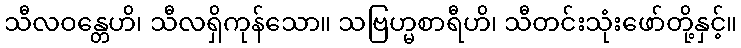
သီလဝန္တေဟိ၊ သီလရှိကုန်သော။ သဗြဟ္မစာရီဟိ၊ သီတင်းသုံးဖော်တို့နှင့်။